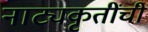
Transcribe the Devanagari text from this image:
नाट्यकृतींची